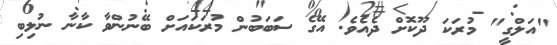
"އަލްގީ" މުރަކަ ދޫކޮށް ދެއެވެ. އޭގެ ސަބަބުން މުރަކައަށް ބޭނުންވާ ކާނާ ނުލިބި